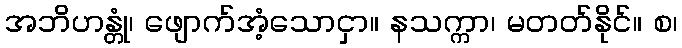
အဘိဟန္တုံ၊ ဖျောက်အံ့သောငှာ။ နသက္ကာ၊ မတတ်နိုင်။ စ၊